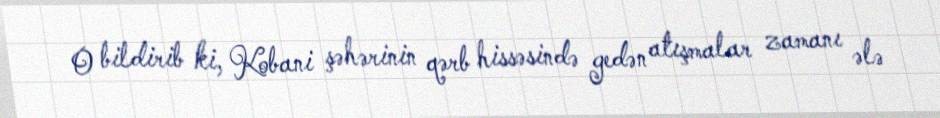
O bildirib ki, Kobani şəhərinin qərb hissəsində gedən atışmalar zamanı ələ